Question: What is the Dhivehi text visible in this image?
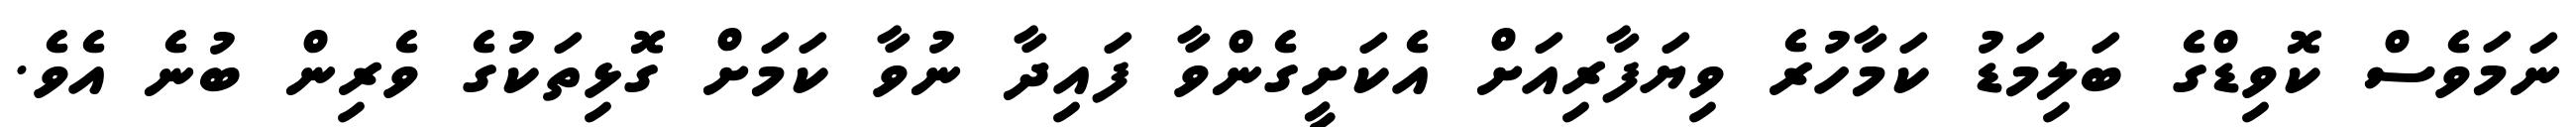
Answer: ނަމަވެސް ކޮވިޑްގެ ބަލިމަޑު ކަމާހުރެ ވިޔަފާރިއަށް އެކަށީގެންވާ ފައިދާ ނުވާ ކަމަށް ގޮޅިތަކުގެ ވެރިން ބުނެ އެވެ.